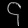
Digit: ၄